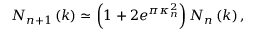
N _ { n + 1 } \left( k \right) \simeq \left( 1 + 2 e ^ { \pi \kappa _ { n } ^ { 2 } } \right) N _ { n } \left( k \right) ,